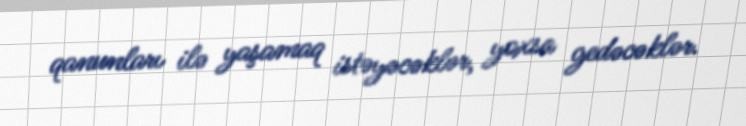
qanunları ilə yaşamaq istəyəcəklər, yoxsa gedəcəklər.